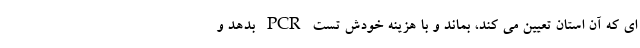
ای که آن استان تعیین می کند، بماند و با هزینه خودش تست PCR بدهد و